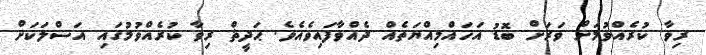
ރިވާ ކުރެއްވުމަށް ވަރަށް ބޮޑު އަހައްމިއްޔަތެއް ދެއްވާފައިވެއެެވެ. ޙަދީޘް ރިވާ ކުރެއްވުމުގައި އަސްލަކަށް